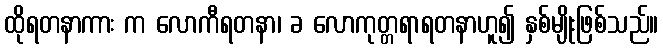
ထိုရတနာကား က လောကီရတနာ၊ ခ လောကုတ္တရာရတနာဟူ၍ နှစ်မျိုးဖြစ်သည်။